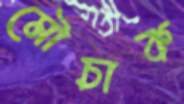
মৌচাক